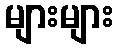
များများ